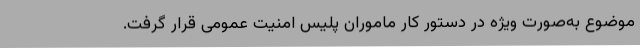
موضوع به‌صورت ویژه در دستور کار ماموران پلیس امنیت عمومی قرار گرفت.